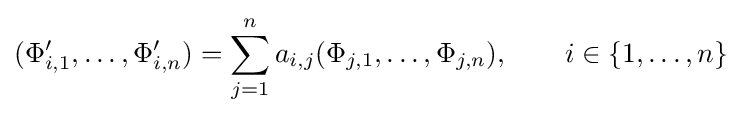
(\Phi '_{i,1},\dots ,\Phi '_{i,n})=\sum _{j=1}^{n}a_{i,j}(\Phi _{j,1},\ldots ,\Phi _{j,n}),\qquad i\in \{1,\ldots ,n\}